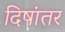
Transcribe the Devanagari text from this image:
दिषांतर